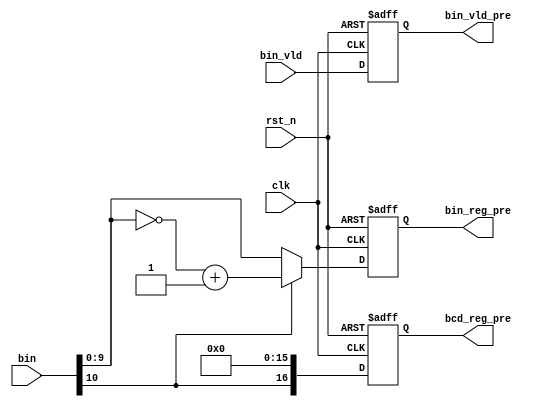
`timescale 1ns / 1ps
//////////////////////////////////////////////////////////////////////////////////
// Company: 
// Engineer: 
// 
// Design Name: 
// Module Name: pre
// Project Name: 
// Target Devices: 
// Tool Versions: 
// Description: 
// 
// Dependencies: 
// 
// Revision:
// Revision 0.01 - File Created
// Additional Comments:
// 
//////////////////////////////////////////////////////////////////////////////////


module pre(
        output reg [16:0] bcd_reg_pre,
        output reg [9:0] bin_reg_pre,
        output reg bin_vld_pre,
        input bin_vld,
        input [10:0] bin,
        input clk,rst_n
    );
    wire [9:0] bin_abs;
    wire sign;
    assign sign = bin[10];
    assign bin_abs = (sign)? ((~(bin[9:0]))+1'b1):bin[9:0];
    always @(posedge clk or negedge rst_n)begin
        if (rst_n==1'b0)
        begin
            bin_vld_pre<=1'b0;
            bcd_reg_pre<=17'd0;
            bin_reg_pre<=10'd0;
        end else
        begin
            bin_vld_pre<=bin_vld;
            bin_reg_pre<=bin_abs;
            bcd_reg_pre<={sign,16'd0};
        end
    end
endmodule